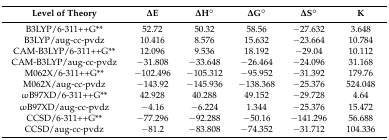
| Level of Theory | ΔE | ΔH° | ΔG° | ΔS° | K |
 | --- | --- | --- | --- | --- | --- |
 | B3LYP/6-311++G** | 52.72 | 50.32 | 58.56 | −27.632 | 3.648 |
 | B3LYP/aug-cc-pvdz | 10.416 | 8.576 | 15.632 | −23.664 | 10.784 |
 | CAM-B3LYP/6-311++G** | 12.096 | 9.536 | 18.192 | −29.04 | 10.112 |
 | CAM-B3LYP/aug-cc-pvdz | −31.808 | −33.648 | −26.464 | −24.096 | 31.168 |
 | M062X/6-311++G** | −102.496 | −105.312 | −95.952 | −31.392 | 179.76 |
 | M062X/aug-cc-pvdz | −143.92 | −145.936 | −138.368 | −25.376 | 524.048 |
 | ωB97XD/6-311++G** | 42.928 | 40.288 | 49.152 | −29.728 | 4.64 |
 | ωB97XD/aug-cc-pvdz | −4.16 | −6.224 | 1.344 | −25.376 | 15.472 |
 | CCSD/6-311++G** | −77.296 | −92.288 | −50.16 | −141.296 | 56.688 |
 | CCSD/aug-cc-pvdz | −81.2 | −83.808 | −74.352 | −31.712 | 104.336 |